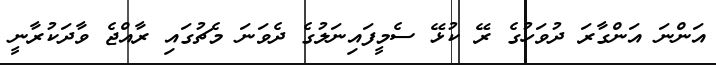
އަންނަ އަންގާރަ ދުވަހުގެ ރޭ ކުޅޭ ސެމީފައިނަލުގެ ދެވަނަ މެޗުގައި ރާއްޖެ ވާދަކުރާނީ